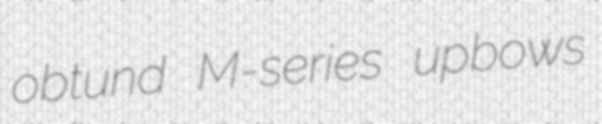
obtund M-series upbows